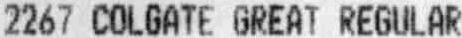
2267 COLGATE GREAT REGULAR